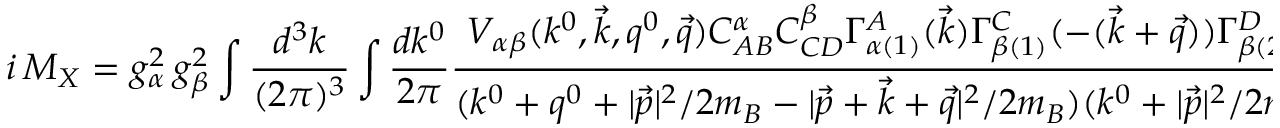
i \, { \cal M } _ { X } = g _ { \alpha } ^ { 2 } \, g _ { \beta } ^ { 2 } \int { \frac { d ^ { 3 } k } { ( 2 \pi ) ^ { 3 } } } \int { \frac { d k ^ { 0 } } { 2 \pi } } { \frac { V _ { \alpha \beta } ( k ^ { 0 } , \vec { k } , q ^ { 0 } , \vec { q } ) C _ { A B } ^ { \alpha } C _ { C D } ^ { \beta } \Gamma _ { \alpha ( 1 ) } ^ { A } ( \vec { k } ) \Gamma _ { \beta ( 1 ) } ^ { C } ( - ( \vec { k } + \vec { q } ) ) \Gamma _ { \beta ( 2 ) } ^ { D } ( \vec { k } + \vec { q } ) \Gamma _ { \alpha ( 2 ) } ^ { B } ( - \vec { k } ) } { ( k ^ { 0 } + q ^ { 0 } + { | \vec { p } | ^ { 2 } / 2 m _ { B } } - { | \vec { p } + \vec { k } + \vec { q } | ^ { 2 } / 2 m _ { B } } ) ( k ^ { 0 } + { | \vec { p } | ^ { 2 } / 2 m _ { B } } - { | \vec { p } - \vec { k } | ^ { 2 } / 2 m _ { B } } ) } } \, .